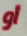
أو